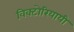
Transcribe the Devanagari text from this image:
विक्टोरियायी